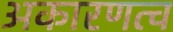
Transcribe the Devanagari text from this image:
अकारणत्व